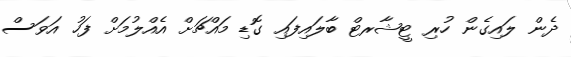
ދެން ލައިގެން ހުރި ޓީޝާރޓް ބާލައިފައި ގޮޑި މައްޗަށް އެއްލުމަށް ފަހު އަވަސް